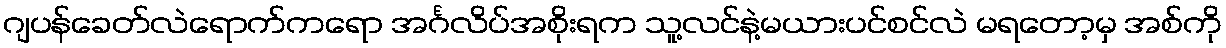
ဂျပန်ခေတ်လဲရောက်ကရော အင်္ဂလိပ်အစိုးရက သူ့လင်နဲ့မယားပင်စင်လဲ မရတော့မှ အစ်ကို